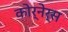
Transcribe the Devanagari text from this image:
कोर्नेर्स